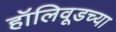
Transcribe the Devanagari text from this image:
हॉलिवूडच्या